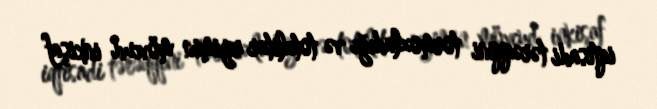
iqtisadi tərəqqini tormozladığı və totalitar rejimin mövcud inkişaf